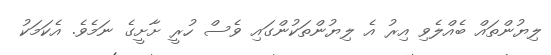
ލިޔުންތައް ބެއްލެވި އިރު އެ ލިޔުންތަކުންގައި ވެސް ހުރީ ށާށީގެ ނަމެވެ. އެކަމަކު